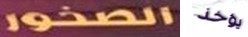
الصخور يؤخذ